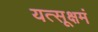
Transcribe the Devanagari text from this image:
यत्सूक्षमं